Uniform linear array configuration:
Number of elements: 16
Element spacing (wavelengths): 0.75
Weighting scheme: hamming
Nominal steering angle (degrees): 45
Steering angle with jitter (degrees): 43.979
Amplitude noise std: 0.05
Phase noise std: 0.05

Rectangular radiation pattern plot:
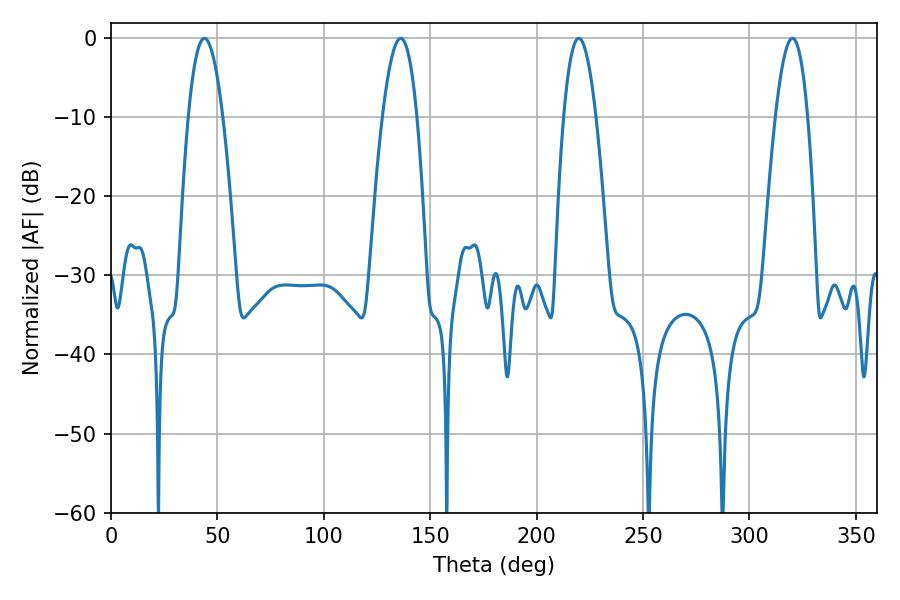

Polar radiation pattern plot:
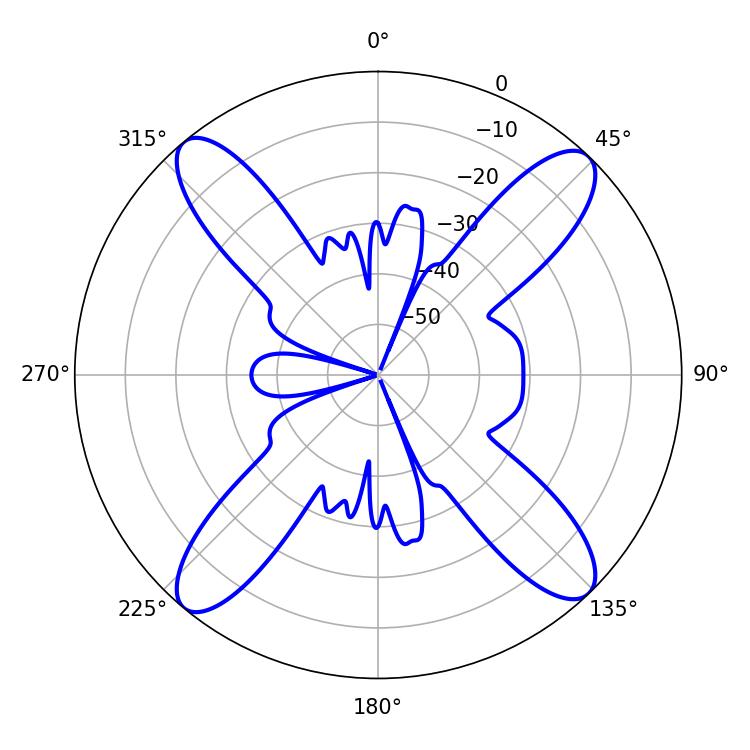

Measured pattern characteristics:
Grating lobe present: TRUE
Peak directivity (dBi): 17.989
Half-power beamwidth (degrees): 8.28
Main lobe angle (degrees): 219.78